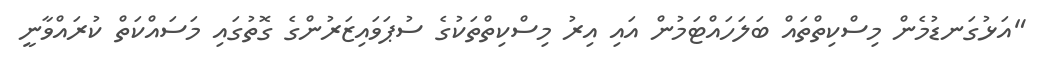
"އަޅުގަނޑުމެން މިސްކިތްތައް ބަލަހައްޓަމުން އައި އިރު މިސްކިތްތަކުގެ ސުޕަވައިޒަރުންގެ ގޮތުގައި މަސައްކަތް ކުރައްވާނީ